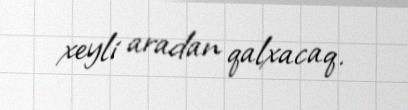
xeyli aradan qalxacaq.